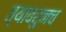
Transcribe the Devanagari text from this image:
त्यावरुनच